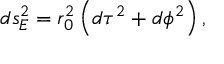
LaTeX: d s _ { E } ^ { 2 } = r _ { 0 } ^ { 2 } \left( d \tau ^ { 2 } + d \phi ^ { 2 } \right) ,